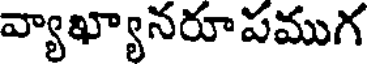
వ్యాఖ్యానరూపముగ